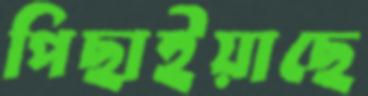
পিছাইয়াছে